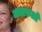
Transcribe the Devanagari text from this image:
जातरुओं